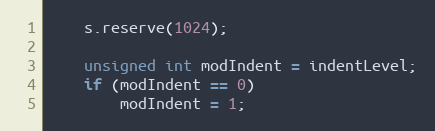
Language: C++
    s.reserve(1024);

    unsigned int modIndent = indentLevel;
    if (modIndent == 0)
        modIndent = 1;